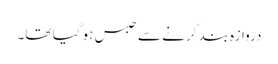
دروازہ بند کرنے سے حبس ہو گیا تھا۔